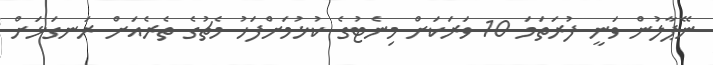
ނޭޕާލުން ވަނީ ފުރަތަމަ 10 ވަރަކަށް މިނެޓުގެ ކުޅުމަށްފަހު މެޗުގެ ތެރެއަށް ރަނގަޅަށް